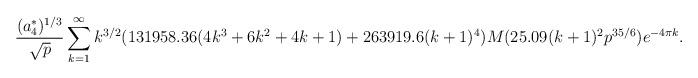
LaTeX: \begin{align*}\frac{(a_{4}^{*})^{1/3}}{\sqrt{p}} \sum_{k=1}^{\infty} k^{3/2} (131958.36 (4k^{3} + 6k^{2} + 4k + 1) + 263919.6 (k+1)^{4}) M(25.09 (k+1)^{2} p^{35/6}) e^{-4 \pi k}.\end{align*}